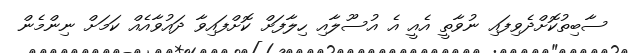
ސާބިތުކޮށްދެވިފައި ނުވާތީ އެއީ އެ އުސޫލާއި ހިލާފަށް ކޮށްފައިވާ ދައުވާއެއް ކަމަށް ނިންމެން